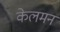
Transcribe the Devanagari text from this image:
केलमन